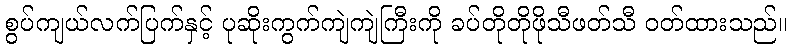
စွပ်ကျယ်လက်ပြက်နှင့် ပုဆိုးကွက်ကျဲကျဲကြီးကို ခပ်တိုတိုဖိုသီဖတ်သီ ဝတ်ထားသည်။